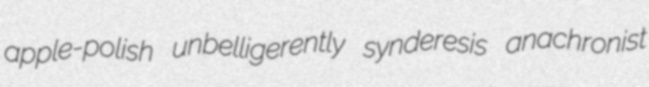
apple-polish unbelligerently synderesis anachronist